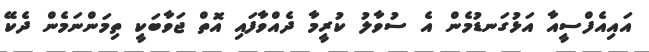
އައިއެފްސީއާ އަޅުގަނޑުމެން އެ ސުވާލު ކުރީމާ ދެއްވާފައި އޮތް ޖަވާބަކީ ތިމަންނަމެން ދެކޭ